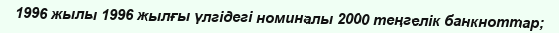
1996 жылы 1996 жылғы үлгідегі номиналы 2000 теңгелік банкноттар;